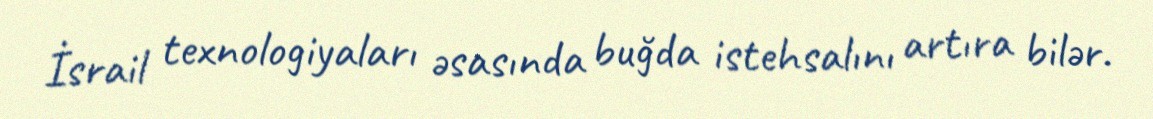
İsrail texnologiyaları əsasında buğda istehsalını artıra bilər.